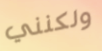
ولكنني